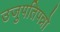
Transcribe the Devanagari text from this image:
उजुपतिपन्नो